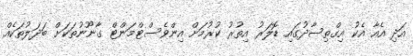
އަދި އެއާ އެކު އިގްތިސާދުގައި ޑޮލަރު އިތުރު ކުރުމަށް އިންވެސްޓްމަންޓް ގާނޫނުތަކަށް ބަދަލުތަކެއް